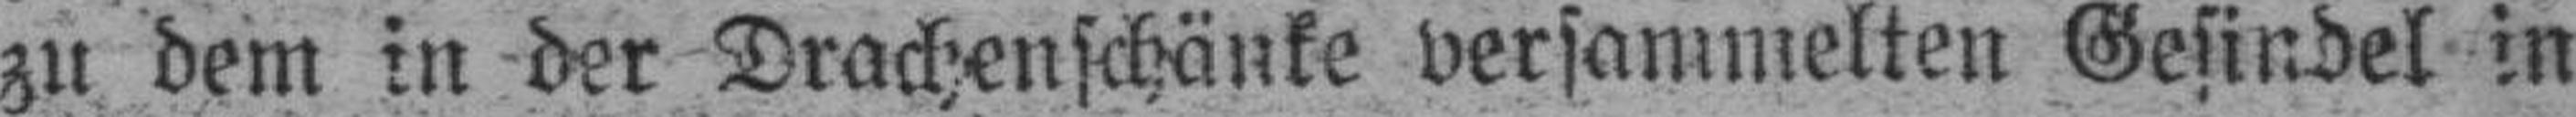
zu dem in der Drachenschänke versammelten Gesindel in